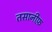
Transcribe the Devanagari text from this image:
तसानीफ़